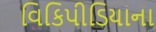
વિકિપીડિયાના